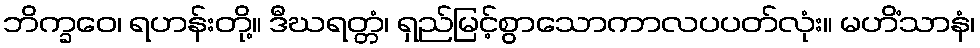
ဘိက္ခဝေ၊ ရဟန်းတို့။ ဒီဃရတ္တံ၊ ရှည်မြင့်စွာသောကာလပပတ်လုံး။ မဟိံသာနံ၊